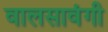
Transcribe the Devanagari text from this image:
वालसावंगी